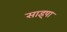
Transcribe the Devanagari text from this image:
साइषा